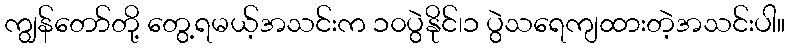
ကျွန်တော်တို့ တွေ့ရမယ့်အသင်းက ၁၀ပွဲနိုင်၊၁ ပွဲသရေကျထားတဲ့အသင်းပါ။